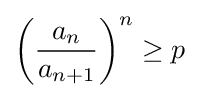
\left({\frac {a_{n}}{a_{n+1}}}\right)^{n}\geq p